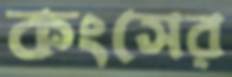
কংসের